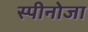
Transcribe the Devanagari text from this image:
स्पीनोजा